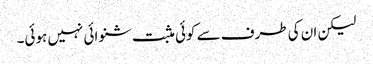
لیکن ان کی طرف سے کوئی مثبت شنوائی نہیں ہوئی۔